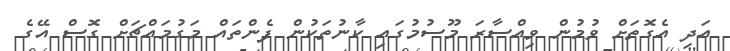
އަދި އެގޮތަށް ވުމުން ވިއްސާރަ މޫސުމުގައި ކާނުތަކުން ފެންތައް މަގުމައްޗަށް ގޮސް އޭގެ